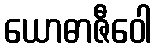
ယောဓာဇီဝေါ